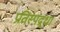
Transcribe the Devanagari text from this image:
प्रतिस्पद्र्धा